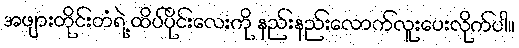
အဖျားတိုင်းတံရဲ့ ထိပ်ပိုင်းလေးကို နည်းနည်းလောက်လူးပေးလိုက်ပါ။